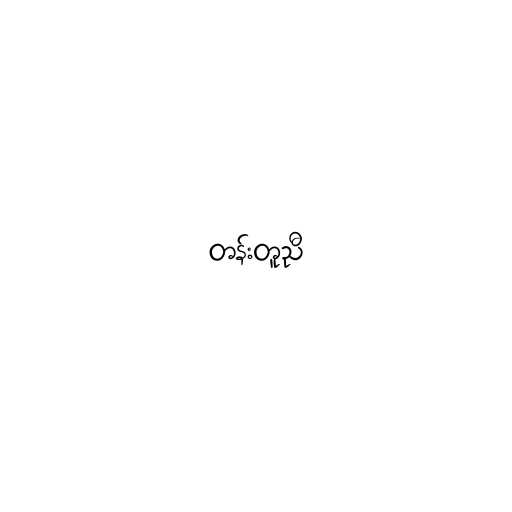
တန်းတူညီ